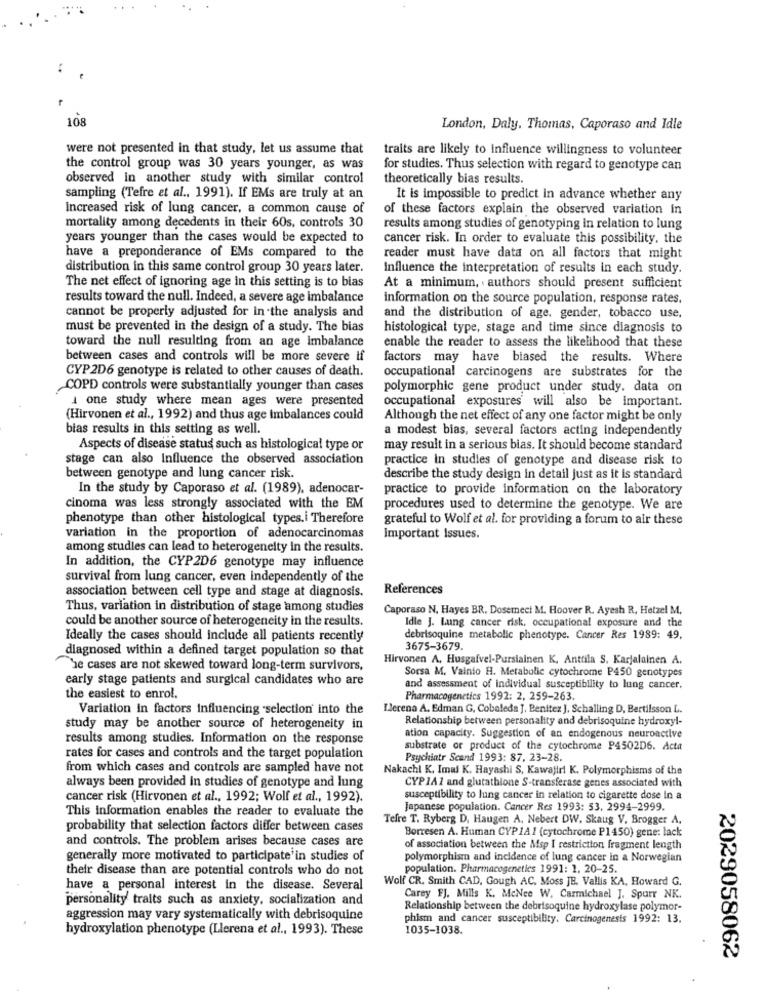
108
London, Daly. Thomas, Caporaso and Idle
were not presented in that study, let us assume that
traits are likely to influence willingness to volunteer
the control group was 30 years younger, as was
for studies. Thus selection with regard to genotype can
observed in another study with similar control
theoretically bias results.
sampling (Tefre et al ., 1991). If EMs are truly at an
It is impossible to predict in advance whether any
Increased risk of lung cancer, a common cause of
of these factors explain the observed variation in
mortality among decedents in their 60s, controls 30
results among studies of genotyping in relation to lung
years younger than the cases would be expected to
cancer risk. In order to evaluate this possibility, the
have a preponderance of EMs compared to the
reader must have data on all factors that might
distribution in this same control group 30 years later.
Influence the interpretation of results in each study.
The net effect of ignoring age in this setting is to bias
At a minimum, authors should present sufficient
results toward the null. Indeed, a severe age imbalance
information on the source population, response rates.
cannot be properly adjusted for in the analysis and
and the distribution of age, gender, tobacco use,
must be prevented in the design of a study. The bias
histological type, stage and time since diagnosis to
toward the null resulting from an age imbalance
enable the reader to assess the likelihood that these
between cases and controls will be more severe if
factors may have biased the results. Where
CYP 2D6 genotype is related to other causes of death.
occupational carcinogens are substrates for the
COPD controls were substantially younger than cases
polymorphic gene product under study. data on
one study where mean ages were presented
occupational exposures will also be important.
(Hirvonen et al ., 1992) and thus age imbalances could
Although the net effect of any one factor might be only
bias results in this setting as well.
a modest bias, several factors acting independently
Aspects of disease status such as histological type or
may result in a serious bias. It should become standard
stage can also Influence the observed association
practice in studies of genotype and disease risk to
between genotype and lung cancer risk.
describe the study design in detail just as it is standard
In the study by Caporaso et al. (1989), adenocar-
practice to provide information on the laboratory
cinoma was less strongly associated with the EM
procedures used to determine the genotype. We are
phenotype than other histological types.i Therefore
grateful to Wolf et al. for providing a forum to air these
variation in the proportion of adenocarcinomas
Important Issues.
among studies can lead to heterogeneity in the results.
In addition, the CYP2D6 genotype may influence
survival from lung cancer, even independently of the
association between cell type and stage at diagnosis.
References
Thus, variation in distribution of stage among studies
Caporaso N. Hayes BR. Dosemeci M. Hoover R. Ayesh R, Hetzel M.
could be another source of heterogeneity in the results.
Idle J. Lung cancer risk. occupational exposure and the
Ideally the cases should include all patients recently
debrisoquine metabolic phenotype. Cancer Res 1989: 49,
diagnosed within a defined target population so that
3675-3679.
Hirvonen A. Husgafvel-Pursiainen K, Anttila S. Karjalainen A.
The cases are not skewed toward long-term survivors,
Sorsa M. Vainio H. Metabolic cytochrome P450 genotypes
early stage patients and surgical candidates who are
and assessment of individual susceptibility to lung cancer.
the easiest to enrol.
Pharmacogenetics 1992: 2, 259-263.
Variation In factors Influencing selection' into the
Llerena A. Edman G, Cobaleda J. Benitez J. Schalling D, Bertilsson L.
Relationship between personality and debrisoquine hydroxyl-
study may be another source of heterogeneity in
results among studies. Information on the response
ation capacity. Suggestion of an endogenous neuroactive
substrate or product of the cytochrome P4502D6. Acta
rates for cases and controls and the target population
Psychiatr Scand 1993: 87, 23-28.
from which cases and controls are sampled have not
Nakachl K. Imal K. Hayashi S, Kawajiri K. Polymorphisms of the
always been provided in studies of genotype and lung
CYP 1A 1 and glutathione S-transferase genes associated with
cancer risk (Hirvonen et al ., 1992; Wolf et al ., 1992).
susceptibility to lung cancer in relation to cigarette dose in a
This information enables the reader to evaluate the
Japanese population. Cancer Res 1993: 53. 2994-2999.
Tefre T. Ryberg D, Haugen A, Nebert DW. Skaug V. Brogger A.
probability that selection factors differ between cases
Borresen A. Human CYP 1A 1 (cytochrome P1450) gene: lack
and controls. The problem arises because cases are
of association between the Msp I restriction fragment length
generally more motivated to participate'in studies of
polymorphism and incidence of lung cancer in a Norwegian
their disease than are potential controls who do not
population. Pharmacogenetics 1991: 1. 20-25.
Wolf CR. Smith CAD, Gough AC. Moss JE. Vallis KA, Howard G.
have a personal interest in the disease. Several
personality traits such as anxiety, socialization and
Carey FJ. Mills K. MeNee W. Carmichael J. Spurr NK.
Relationship between the debrisoquine hydroxylase polymor-
aggression may vary systematically with debrisoquine
phism and cancer susceptibility. Carcinogenesis 1992: 13.
hydroxylation phenotype (Llerena et al ., 1993). These
1035-1038.
2029058062